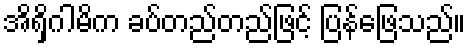
အိရှိဂါမိက ခပ်တည်တည်ဖြင့် ပြန်ဖြေသည်။